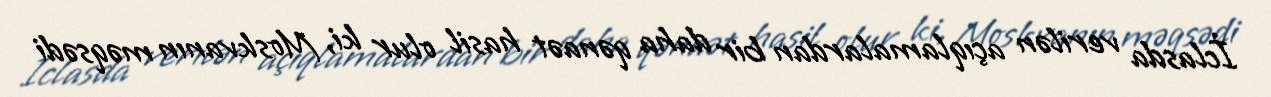
İclasda verilən açıqlamalardan bir daha qənaət hasil olur ki, Moskvanın məqsədi